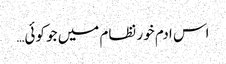
اس ادم خور نظام میں جو کوئی…